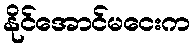
နိုင်အောင်မငေးက